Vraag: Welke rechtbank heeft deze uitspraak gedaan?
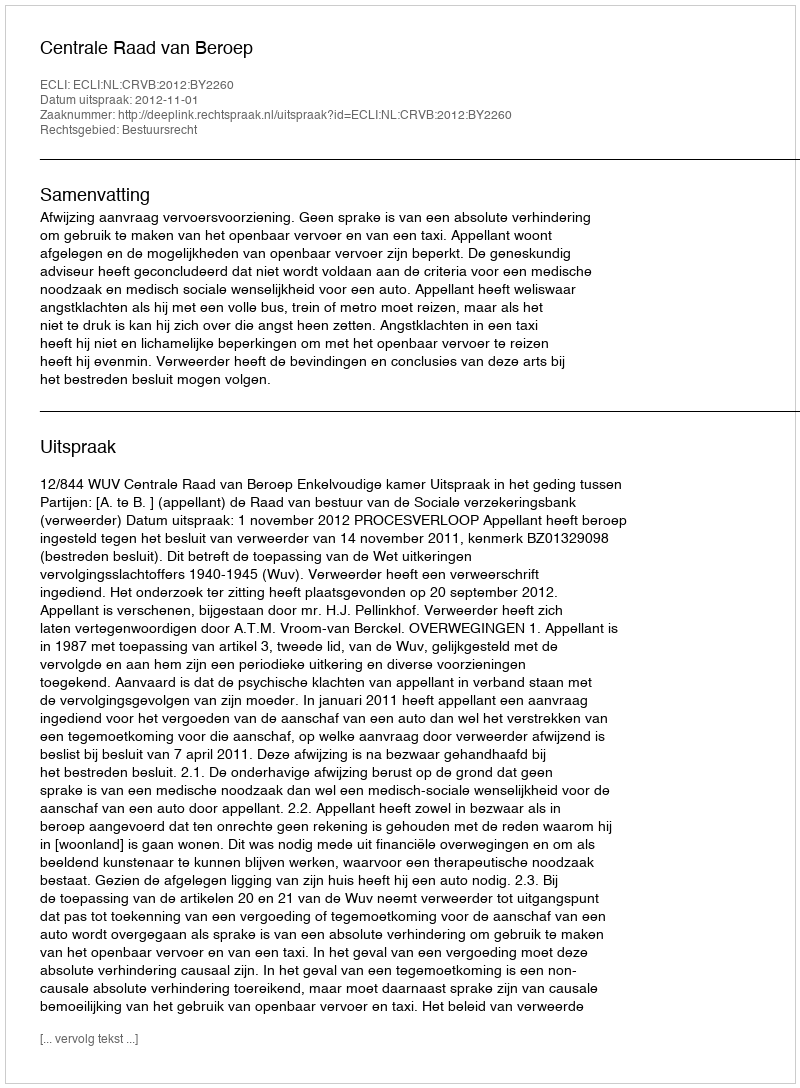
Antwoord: Centrale Raad van Beroep